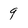
Character: 9